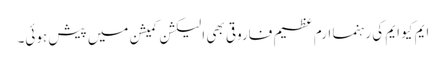
ایم کیو ایم کی رہنما ارم عظیم فاروقی بھی الیکشن کمیشن میں پیش ہوئی۔